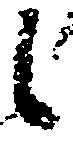
候